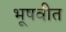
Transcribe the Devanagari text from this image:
भूषवीत